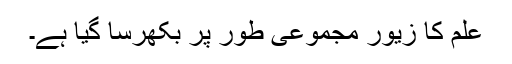
علم کا زیور مجموعی طور پر بکھرسا گیا ہے۔